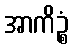
အာကိဉ္စံ